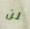
لن